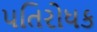
પતિરોધક